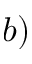
b )